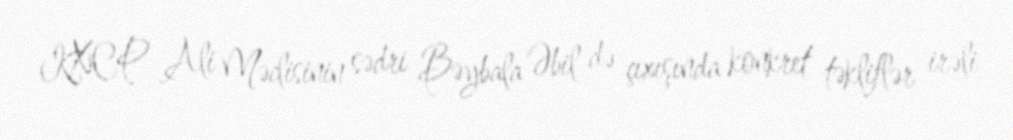
KXCP Ali Məclisinin sədri Bəybala Əbil də çıxışında konkret təkliflər irəli